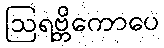
ဩရဗ္ဘိကောပေ